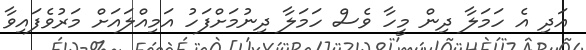
އަދި އެ ހަމަލާ ދިން މީހާ ވެސް ހަމަލާ ދިނުމަށްފަހު އަމިއްލައަށް މަރުވެފައިވާ